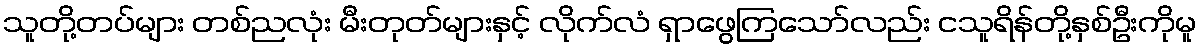
သူတို့တပ်များ တစ်ညလုံး မီးတုတ်များနှင့် လိုက်လံ ရှာဖွေကြသော်လည်း ငသူရိန်တို့နှစ်ဦးကိုမူ